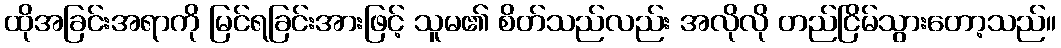
ထိုအခြင်းအရာကို မြင်ရခြင်းအားဖြင့် သူမ၏ စိတ်သည်လည်း အလိုလို တည်ငြိမ်သွားတော့သည်။